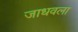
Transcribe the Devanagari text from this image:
जाधवला